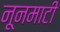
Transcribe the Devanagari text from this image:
नूनमाटी